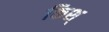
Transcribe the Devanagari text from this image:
किश्